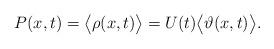
LaTeX: \begin{align*} P(x,t) = \bigl<\rho(x,t)\bigr> = U(t)\bigl<\vartheta(x,t)\bigr>.\end{align*}